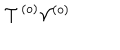
\mathcal { T } ^ { \left( o \right) } \mathcal { V } ^ { \left( o \right) }